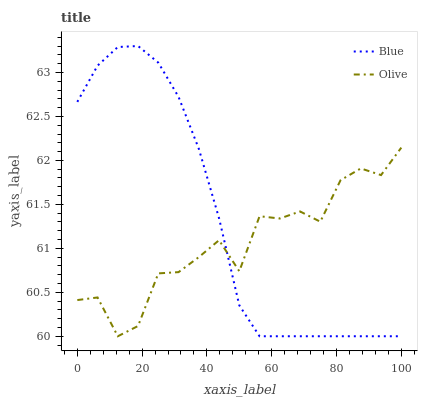
| xaxis_label | Blue | Olive |
 | --- | --- | --- |
 | 0 | 62.7 | 60.4 |
 | 6.25 | 63.1 | 60.4 |
 | 12.5 | 63.3 | 60 |
 | 18.8 | 63.3 | 60.1 |
 | 25 | 63.1 | 60.7 |
 | 31.2 | 62.7 | 60.7 |
 | 37.5 | 62.1 | 60.9 |
 | 43.8 | 61.3 | 61.1 |
 | 50 | 60.4 | 60.7 |
 | 56.2 | 60 | 61.4 |
 | 62.5 | 60 | 61.3 |
 | 68.8 | 60 | 61.4 |
 | 75 | 60 | 61.3 |
 | 81.2 | 60 | 61.8 |
 | 87.5 | 60 | 61.9 |
 | 93.8 | 60 | 61.8 |
 | 100 | 60 | 62.1 |